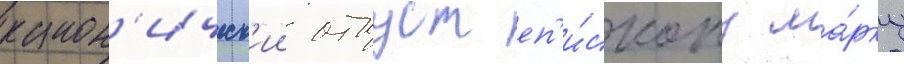
канон'ическ'ии отпуст еп'и́скопу ма́рку